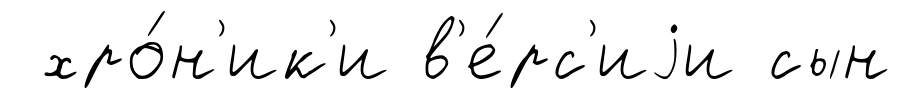
хро́н'ик'и в'е́рс'иjи сын